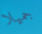
جميلا